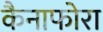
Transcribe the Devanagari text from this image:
कैनाफोरा